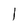
Character: 1